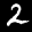
Label: 2